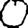
Digit: 0